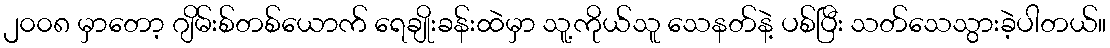
၂၀၀၈ မှာတော့ ဂျိမ်းစ်တစ်ယောက် ရေချိုးခန်းထဲမှာ သူ့ကိုယ်သူ သေနတ်နဲ့ ပစ်ပြီး သတ်သေသွားခဲ့ပါတယ်။